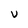
Character: V